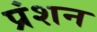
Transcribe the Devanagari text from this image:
प्रंशन